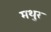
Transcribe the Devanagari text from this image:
मथुर